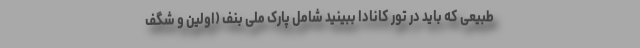
طبیعی که باید در تور کانادا ببینید شامل پارک ملی بنف (اولین و شگف